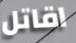
اقاتل